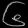
Digit: ၆